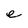
Character: e